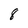
Character: 8